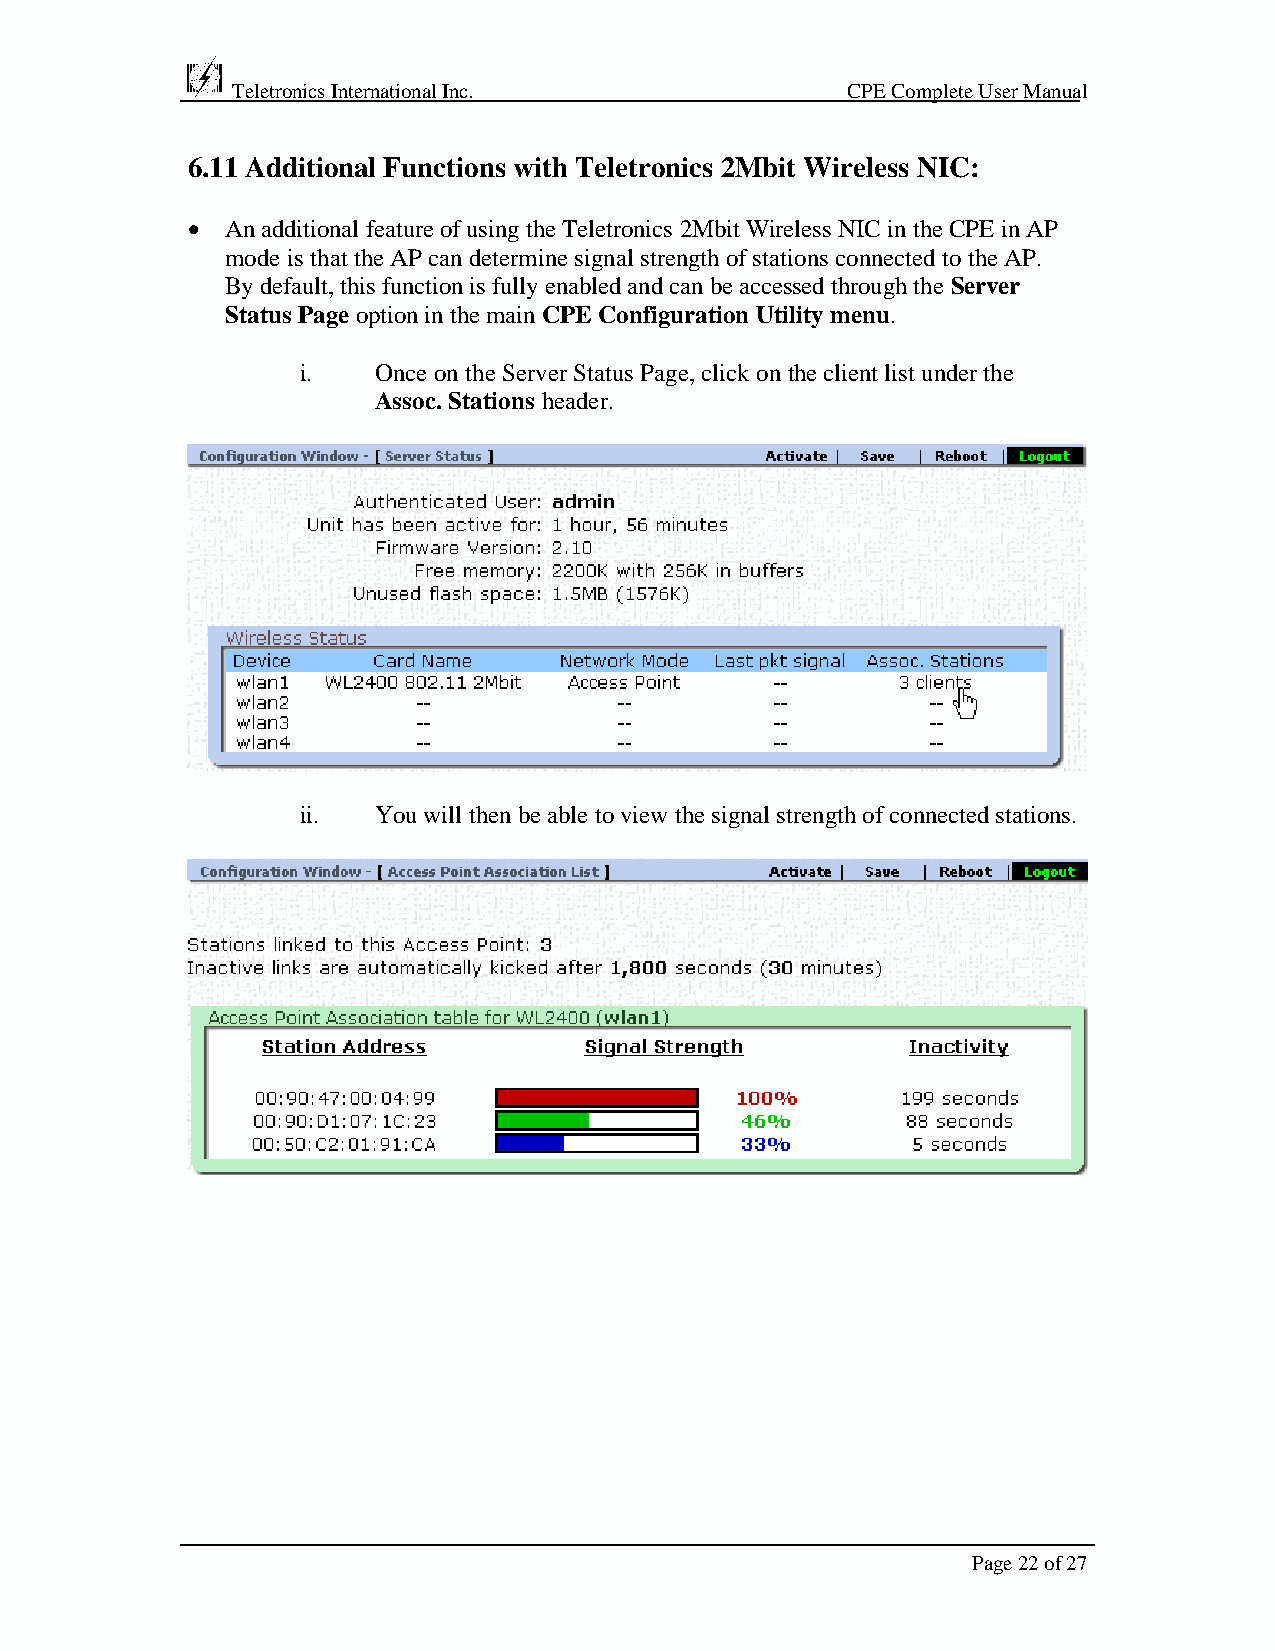
Teletronics International Inc.           CPE Complete User Manual
 6.11 Additional Functions with Teletronics 2Mbit Wireless NIC:
 •  An additional feature of using the Teletronics 2Mbit Wireless NIC in the CPE in AP
 mode is that the AP can determine signal strength of stations connected to the AP.
 By default, this function is fully enabled and can be accessed through the Server
 Status Page option in the main CPE Configuration Utility menu.
 i.   Once on the Server Status Page, click on the client list under the
 Assoc. Stations header.
 ii.  You will then be able to view the signal strength of connected stations.
 Page 22 of 27